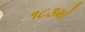
૧૮૩મો